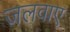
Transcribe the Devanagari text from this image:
जलवाए